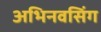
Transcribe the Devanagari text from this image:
अभिनवसिंग